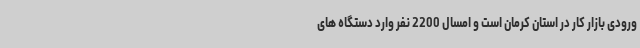
ورودی بازار کار در استان کرمان است و امسال 2200 نفر وارد دستگاه های